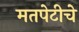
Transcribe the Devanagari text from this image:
मतपेटीचे